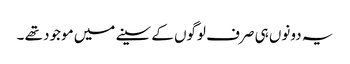
یہ دونوں‌ ہی صرف لوگوں کے سینے میں موجود تھے ۔